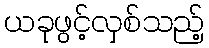
ယခုဖွင့်လှစ်သည့်